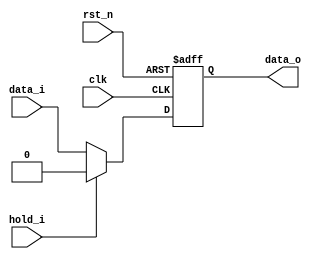
module gen_dffsr #(
    parameter WIDTH = 1,
    parameter RST_DATA = 0,
    parameter HOLD_DATA = 0
) (
    input  wire             clk,
    input  wire             rst_n,

    input  wire             hold_i,
    input  wire [WIDTH-1:0] data_i,
    
    output reg  [WIDTH-1:0] data_o
);

    always @(posedge clk or negedge rst_n) begin
        if(~rst_n) begin
            data_o <= RST_DATA;
        end else if(hold_i) begin
            data_o <= HOLD_DATA;
        end else begin
            data_o <= data_i;
        end
    end

endmodule